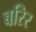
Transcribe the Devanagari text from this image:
बरिर